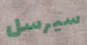
سيرسل